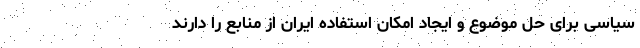
سیاسی برای حل موضوع و ایجاد امکان استفاده ایران از منابع را دارند